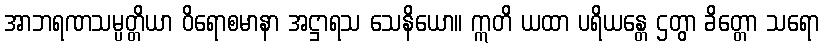
အာဘရဏသမ္ပတ္တိယာ ဝိရောစမာနာ အဋ္ဌာရသ သေနိယော။ ဣတိ ယထာ ပရိယန္တေ ဌတွာ ခိတ္တော သရော